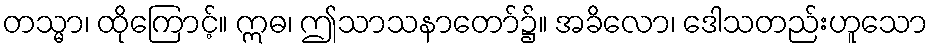
တသ္မာ၊ ထိုကြောင့်။ ဣဓ၊ ဤသာသနာတော်၌။ အခိလော၊ ဒေါသတည်းဟူသော